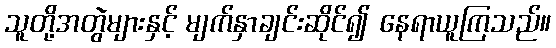
သူတို့အတွဲများနှင့် မျက်နှာချင်းဆိုင်၍ နေရာယူကြသည်။